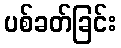
ပစ်ခတ်ခြင်း